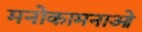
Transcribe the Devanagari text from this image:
मनोकामनाओ